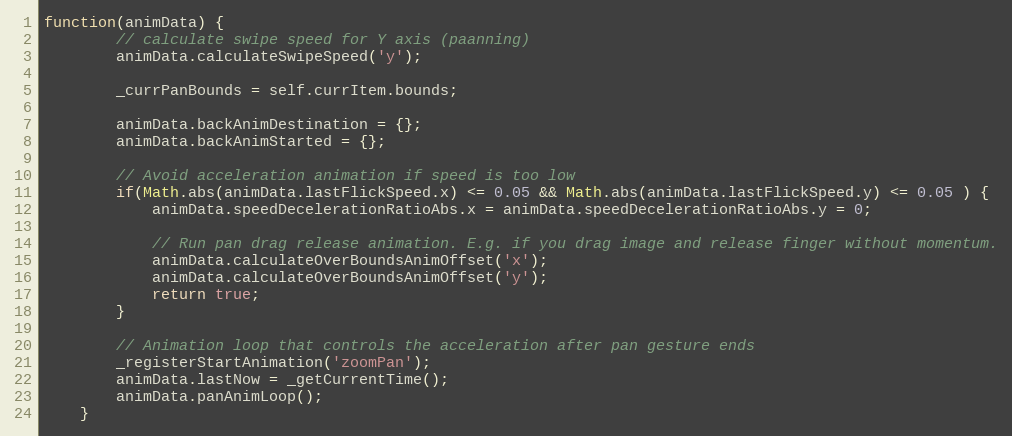
Language: JavaScript
function(animData) {
		// calculate swipe speed for Y axis (paanning)
		animData.calculateSwipeSpeed('y');

		_currPanBounds = self.currItem.bounds;

		animData.backAnimDestination = {};
		animData.backAnimStarted = {};

		// Avoid acceleration animation if speed is too low
		if(Math.abs(animData.lastFlickSpeed.x) <= 0.05 && Math.abs(animData.lastFlickSpeed.y) <= 0.05 ) {
			animData.speedDecelerationRatioAbs.x = animData.speedDecelerationRatioAbs.y = 0;

			// Run pan drag release animation. E.g. if you drag image and release finger without momentum.
			animData.calculateOverBoundsAnimOffset('x');
			animData.calculateOverBoundsAnimOffset('y');
			return true;
		}

		// Animation loop that controls the acceleration after pan gesture ends
		_registerStartAnimation('zoomPan');
		animData.lastNow = _getCurrentTime();
		animData.panAnimLoop();
	}